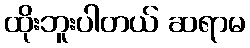
ထိုးဘူးပါတယ် ဆရာမ